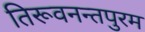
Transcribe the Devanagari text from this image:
तिरूवनन्तपुरम